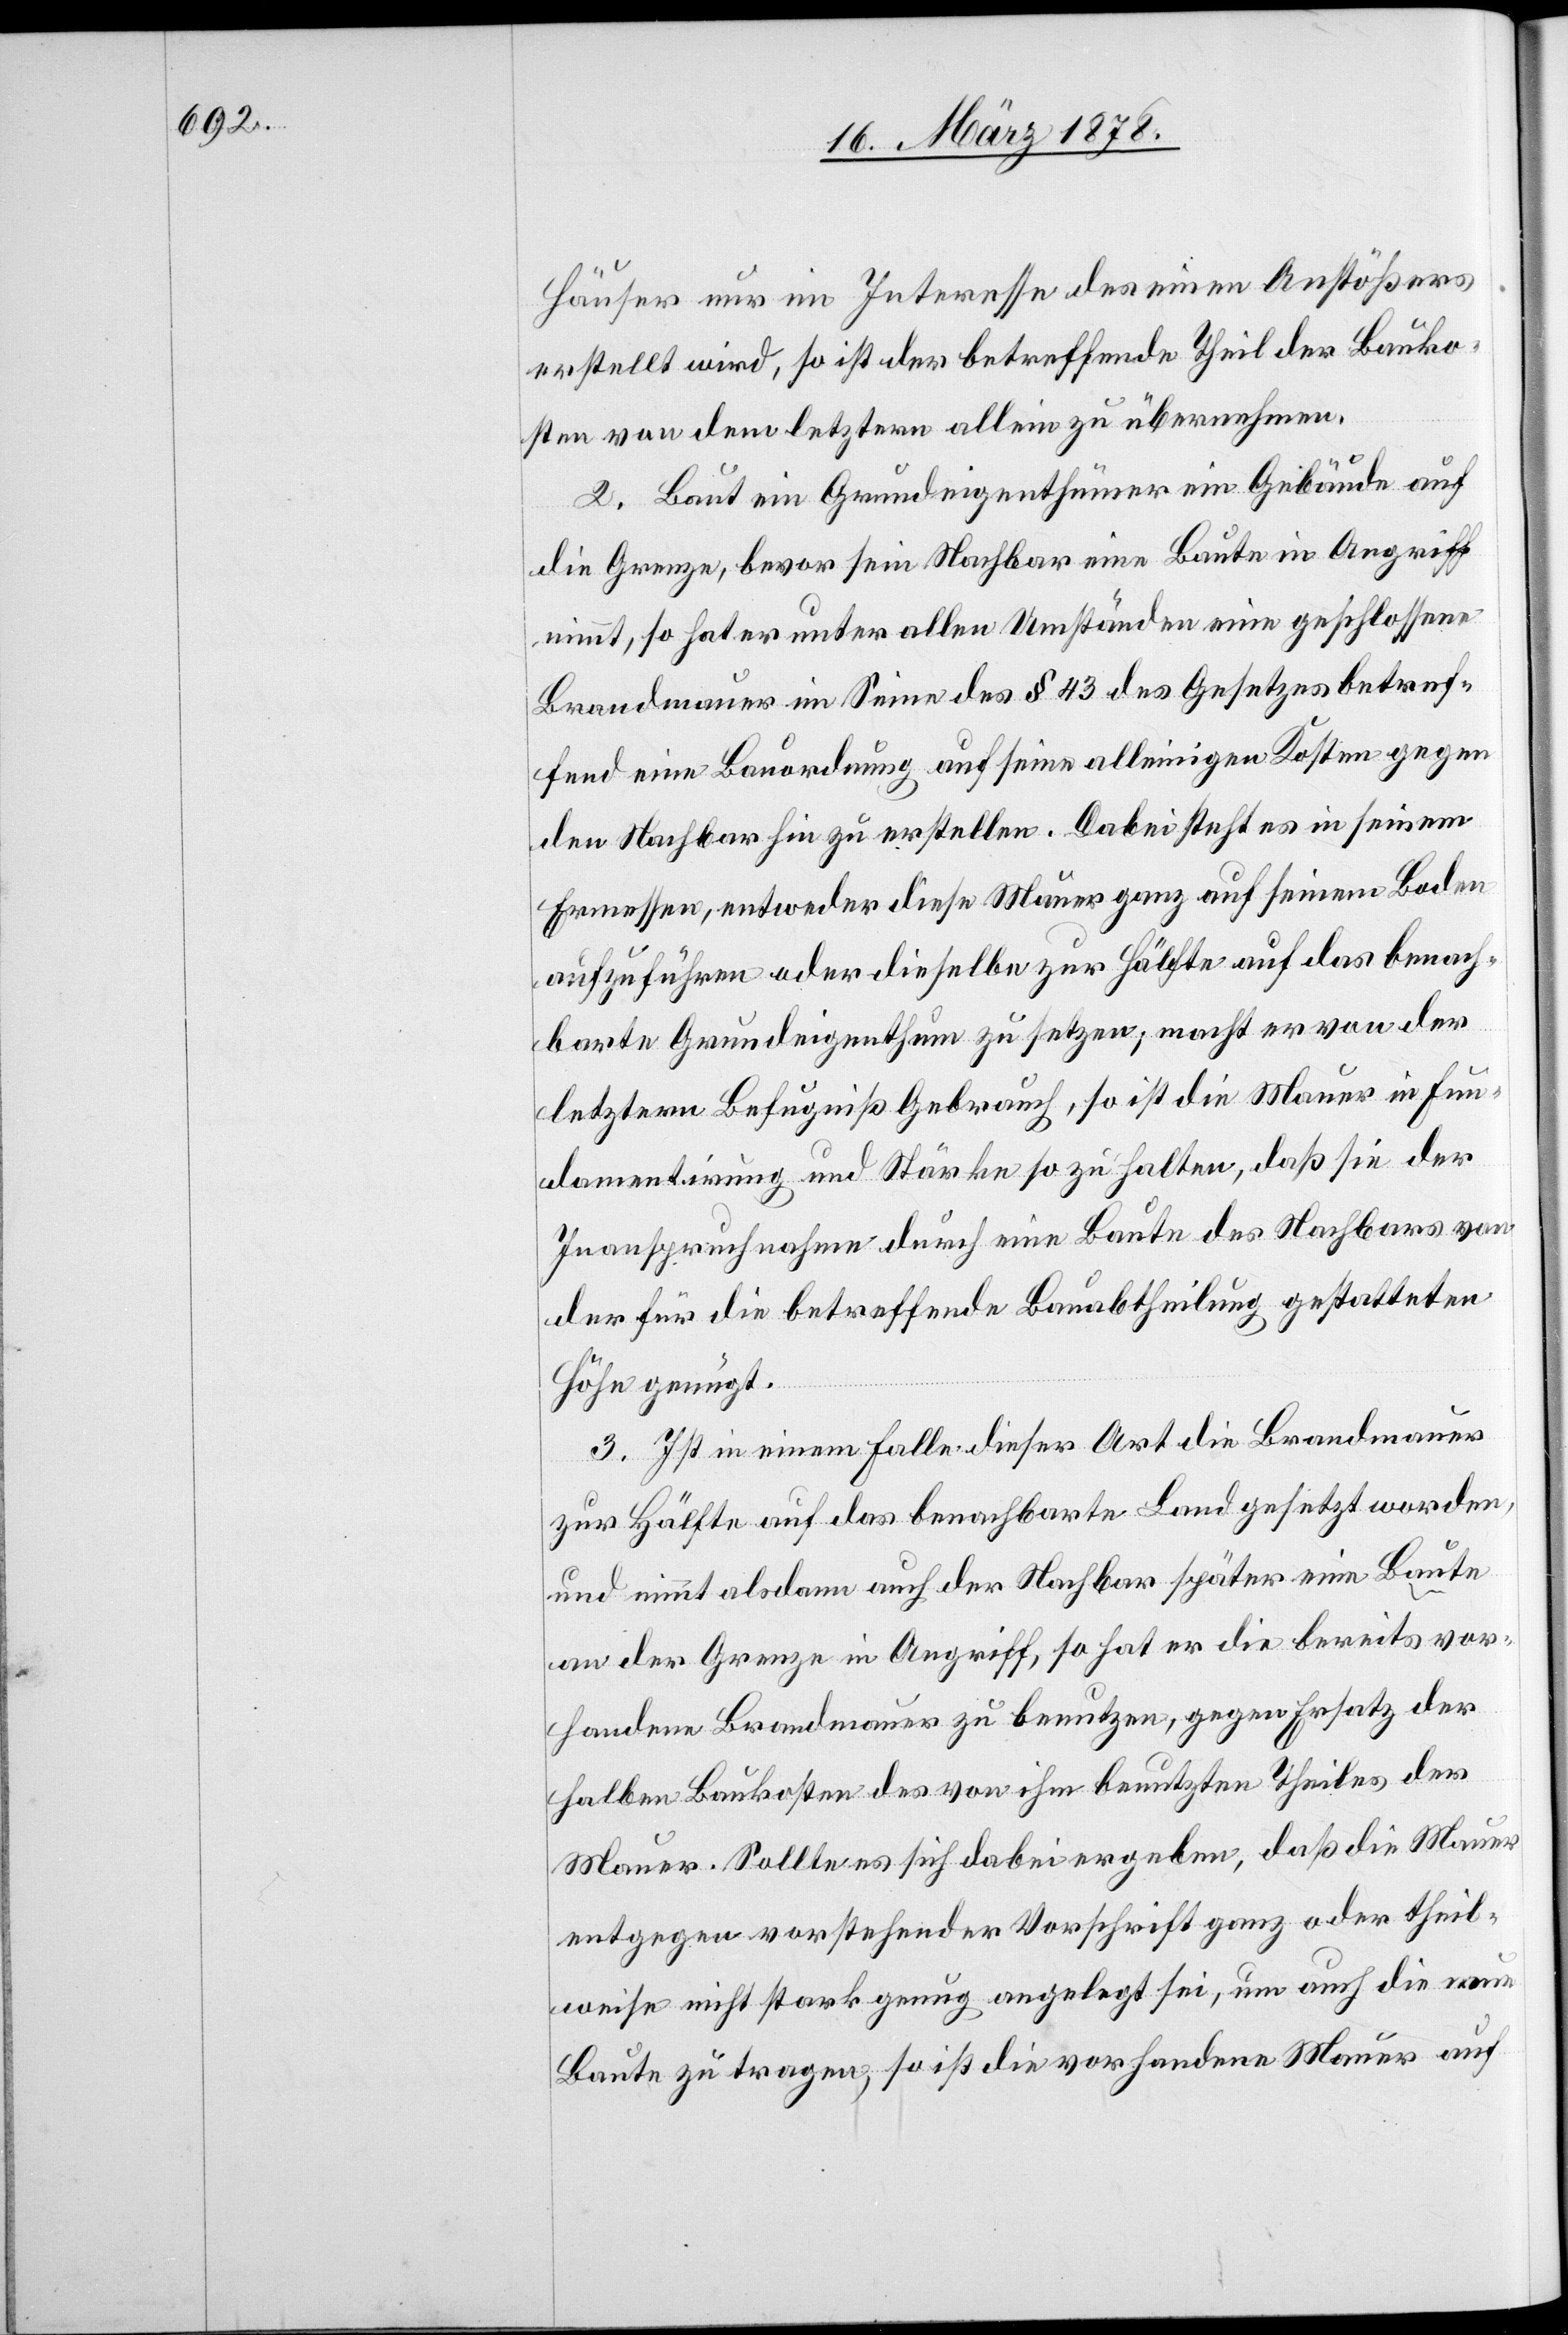
Häuser nur im Interesse des einen Anstößers
erstellt wird, so ist der betreffende Theil der Bauko¬
sten von dem letztern allein zu übernehmen.
2. Baut ein Grundeigenthümer ein Gebäude auf
die Grenze, bevor sein Nachbar eine Baute in Angriff
nimmt, so hat er unter allen Umständen eine geschlossene
Brandmauer im Sinne des § 43 des Gesetzes betref¬
fend eine Bauordnung auf seine alleinige Kosten gegen
den Nachbar hin zu erstellen. Dabei steht es in seinem
Ermessen, entweder diese Mauer ganz auf seinen Boden
aufzuführen oder dieselbe zur Hälfte auf das benach¬
barte Grundeigenthum zu setzen; macht er von der
letztern Befugniß Gebrauch, so ist die Mauer in Fun¬
damentirung und Stärke so zu halten, daß sie der
Inanspruchnahme durch eine Baute des Nachbars von
der für die betreffende Bauabtheilung gestatteten
Höhe genügt.
3. Ist in einem Falle dieser Art die Brandmauer
zur Hälfte auf das benachbarte Land gesetzt worden,
und nimmt alsdann auch der Nachbar später eine Baute
an der Grenze in Angriff, so hat er die bereits vor¬
handene Brandmauer zu benutzen, gegen Ersatz der
halben Baukosten des von ihm benutzten Theiles der
Mauer. Sollte es sich dabei ergeben, daß die Mauer
entgegen vorstehender Vorschrift ganz oder theil¬
weise nicht stark genug angelegt sei, um auch die neue
Baute zu tragen, so ist die vorhandene Mauer auf